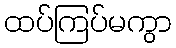
ထပ်ကြပ်မကွာ